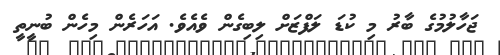
ޖަހާލުމުގެ ބާރު މި ކުޑަ ލަފްޒަށް ލިބިގެން ވެއެވެ. އަހަރެން މިހެން ބުނީތީ